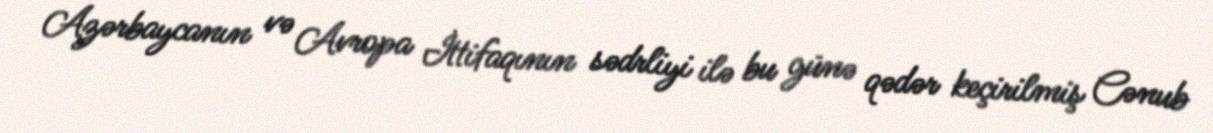
Azərbaycanın və Avropa İttifaqının sədrliyi ilə bu günə qədər keçirilmiş Cənub